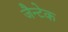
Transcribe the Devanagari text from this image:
जैन्टेक